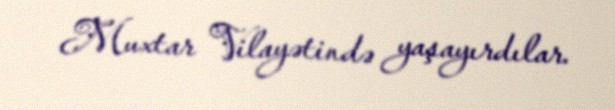
Muxtar Vilayətində yaşayırdılar.